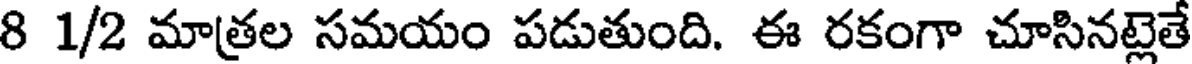
8 1/2 మాత్రల సమయం పడుతుంది. ఈ రకంగా చూసినట్లెతే